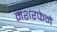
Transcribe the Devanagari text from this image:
मशरफेने